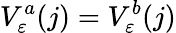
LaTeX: V_{\varepsilon}^{a}(j)=V_{\varepsilon}^{b}(j)